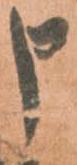
申